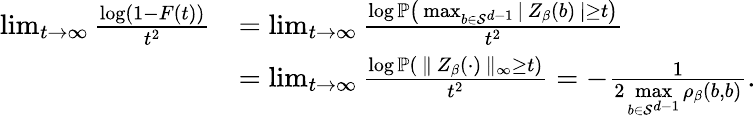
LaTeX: \begin{array}{rl}{\operatorname*{lim}_{t\to\infty}\frac{\log(1-F(t))}{t^{2}}}&{=\operatorname*{lim}_{t\to\infty}\frac{\log\mathbb{P}\left(\, \operatorname*{max}_{b\in\mathcal{S}^{d-1}}|\, Z_{\beta}(b)\, |\geq t\right)}{t^{2}}}\\ &{=\operatorname*{lim}_{t\to\infty}\frac{\log\mathbb{P}\left(\, \| \, Z_{\beta}(\cdot)\, \| _{\infty}\geq t\right)}{t^{2}}=-\frac{1}{2\underset{b\in\mathcal{S}^{d-1}}{\operatorname*{max}}\rho_{\beta}(b,b)}.}\end{array}